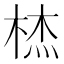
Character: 𭪞